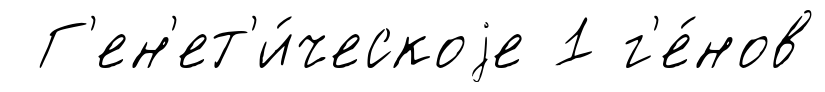
Г'ен'ет'и́ческоjе 1 г'е́нов